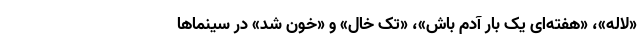
«لاله»، «هفته‌ای یک بار آدم باش»، «تک خال» و «خون شد» در سینما‌ها